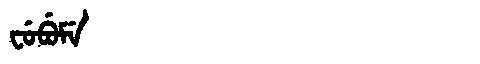
Manchu: ᠸᡠᠪᡠᠮᡝ
Romanization: FUBUME